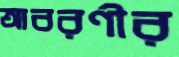
আবরণীর